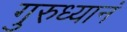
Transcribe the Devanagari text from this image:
गुरुध्यानं